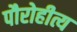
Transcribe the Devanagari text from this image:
पौरोहीत्य